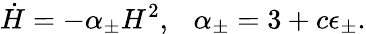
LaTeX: \dot{H}=-\alpha_{\pm}H^{2},~~~\alpha_{\pm}=3+c\epsilon_{\pm}.